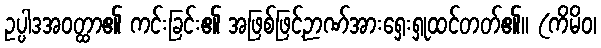
ဥပ္ပါဒအဝတ္ထာ၏ ကင်းခြင်း၏ အဖြစ်ဖြင့်ဉာဏ်အားရှေးရှုထင်တတ်၏။ (ကိမိဝ၊